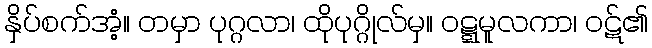
နှိပ်စက်အံ့။ တမှာ ပုဂ္ဂလာ၊ ထိုပုဂ္ဂိုလ်မှ။ ဝဋ္ဋမူလကာ၊ ဝဋ်၏